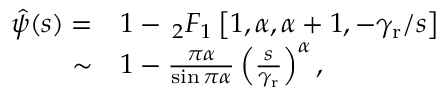
\begin{array} { r l } { \hat { \psi } ( s ) = } & { { } 1 - \, _ { 2 } F _ { 1 } \left[ 1 , \alpha , \alpha + 1 , - \gamma _ { \mathrm { r } } / s \right] } \\ { \sim } & { { } 1 - \frac { \pi \alpha } { \sin \pi \alpha } \left( \frac { s } { \gamma _ { \mathrm { r } } } \right) ^ { \alpha } , } \end{array}